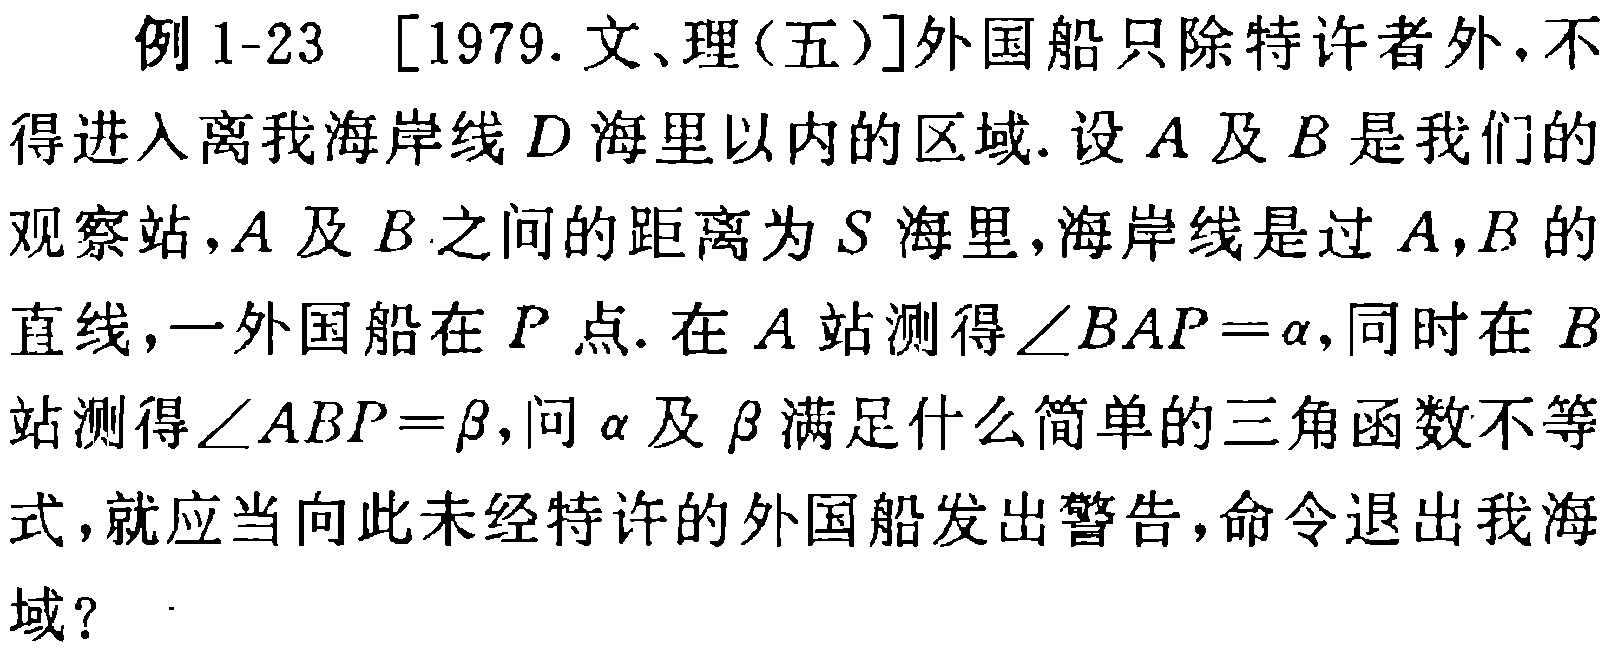
例1-23 [1979. 文、理(五)]外国船只除特许者外，不得进入离我海岸线\(D\)海里以内的区域. 设\(A\)及\(B\)是我们的观察站，\(A\)及\(B\)之间的距离为\(S\)海里，海岸线是过\(A,B\)的直线，一外国船在\(P\)点. 在\(A\)站测得\(\angle BAP = \alpha\)，同时在\(B\)站测得\(\angle ABP = \beta\)，问\(\alpha\)及\(\beta\)满足什么简单的三角函数不等式，就应当向此未经特许的外国船发出警告，命令退出我海域？